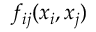
f _ { i j } ( x _ { i } , x _ { j } )